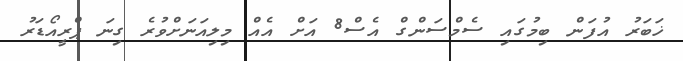
ޚަބަރު އުފަން ބިމުގައި ސެމްސަންގް އެސް8 އަށް އެއް މިލިއަނަށްވުރެ ގިނަ ޕްރީއޯޑަރު